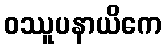
ဝဿူပနာယိကေ